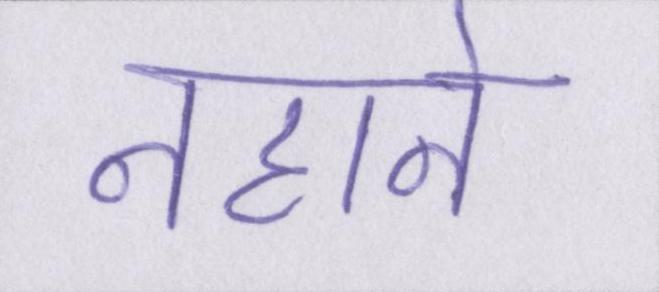
नहाने